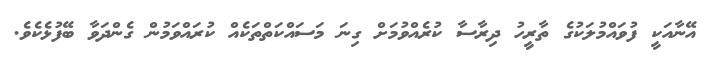
އޭނާއަކީ ފުވައްމުލަކުގެ ތާރީހު ދިރާސާ ކުރެއްވުމަށް ގިނަ މަސައްކަތްތަކެއް ކުރައްވަމުން ގެންދަވާ ބޭފުޅެކެވެ.